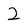
Character: 2